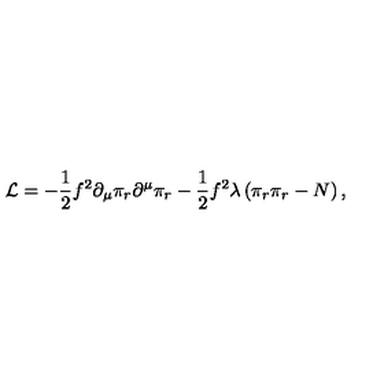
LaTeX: { \cal L } = - \mathrm { \small \frac { 1 } { 2 } } f ^ { 2 } \partial _ { \mu } \pi _ { r } \partial ^ { \mu } \pi _ { r } - \mathrm { \small \frac { 1 } { 2 } } f ^ { 2 } \lambda \left( \pi _ { r } \pi _ { r } - N \right) ,